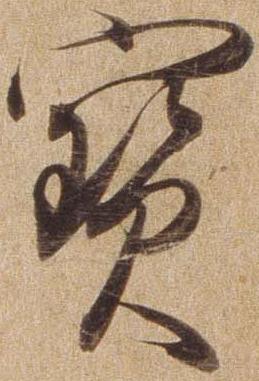
宝